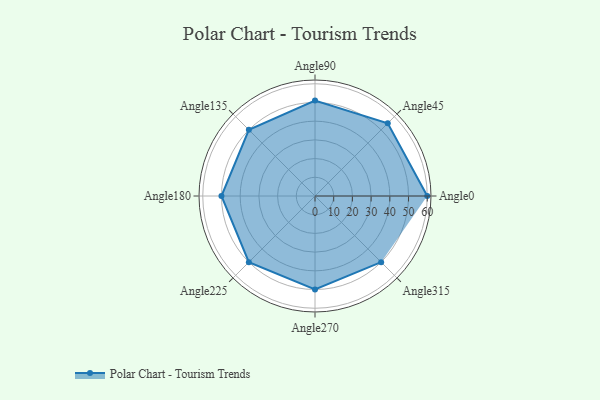
{"axis": {"x": "Angle", "y": "Radius"}, "legend": [""], "data": [{"x": "Angle0", "y": 60.0, "type": ""}, {"x": "Angle45", "y": 55.0, "type": ""}, {"x": "Angle90", "y": 51.0, "type": ""}, {"x": "Angle135", "y": 50, "type": ""}, {"x": "Angle180", "y": 50, "type": ""}, {"x": "Angle225", "y": 50, "type": ""}, {"x": "Angle270", "y": 50, "type": ""}, {"x": "Angle315", "y": 50, "type": ""}]}